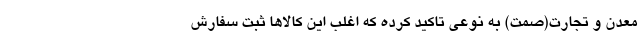
معدن و تجارت(صمت) به نوعی تاکید کرده که اغلب این کالاها ثبت سفارش